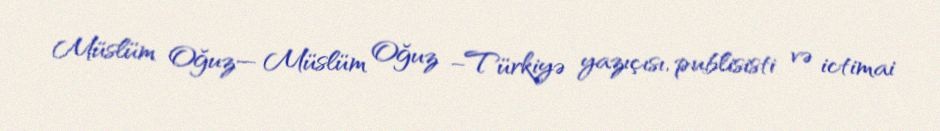
Müslüm Oğuz— Müslüm Oğuz –Türkiyə yazıçısı, publisisti və ictimai